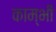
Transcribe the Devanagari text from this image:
काम्भी